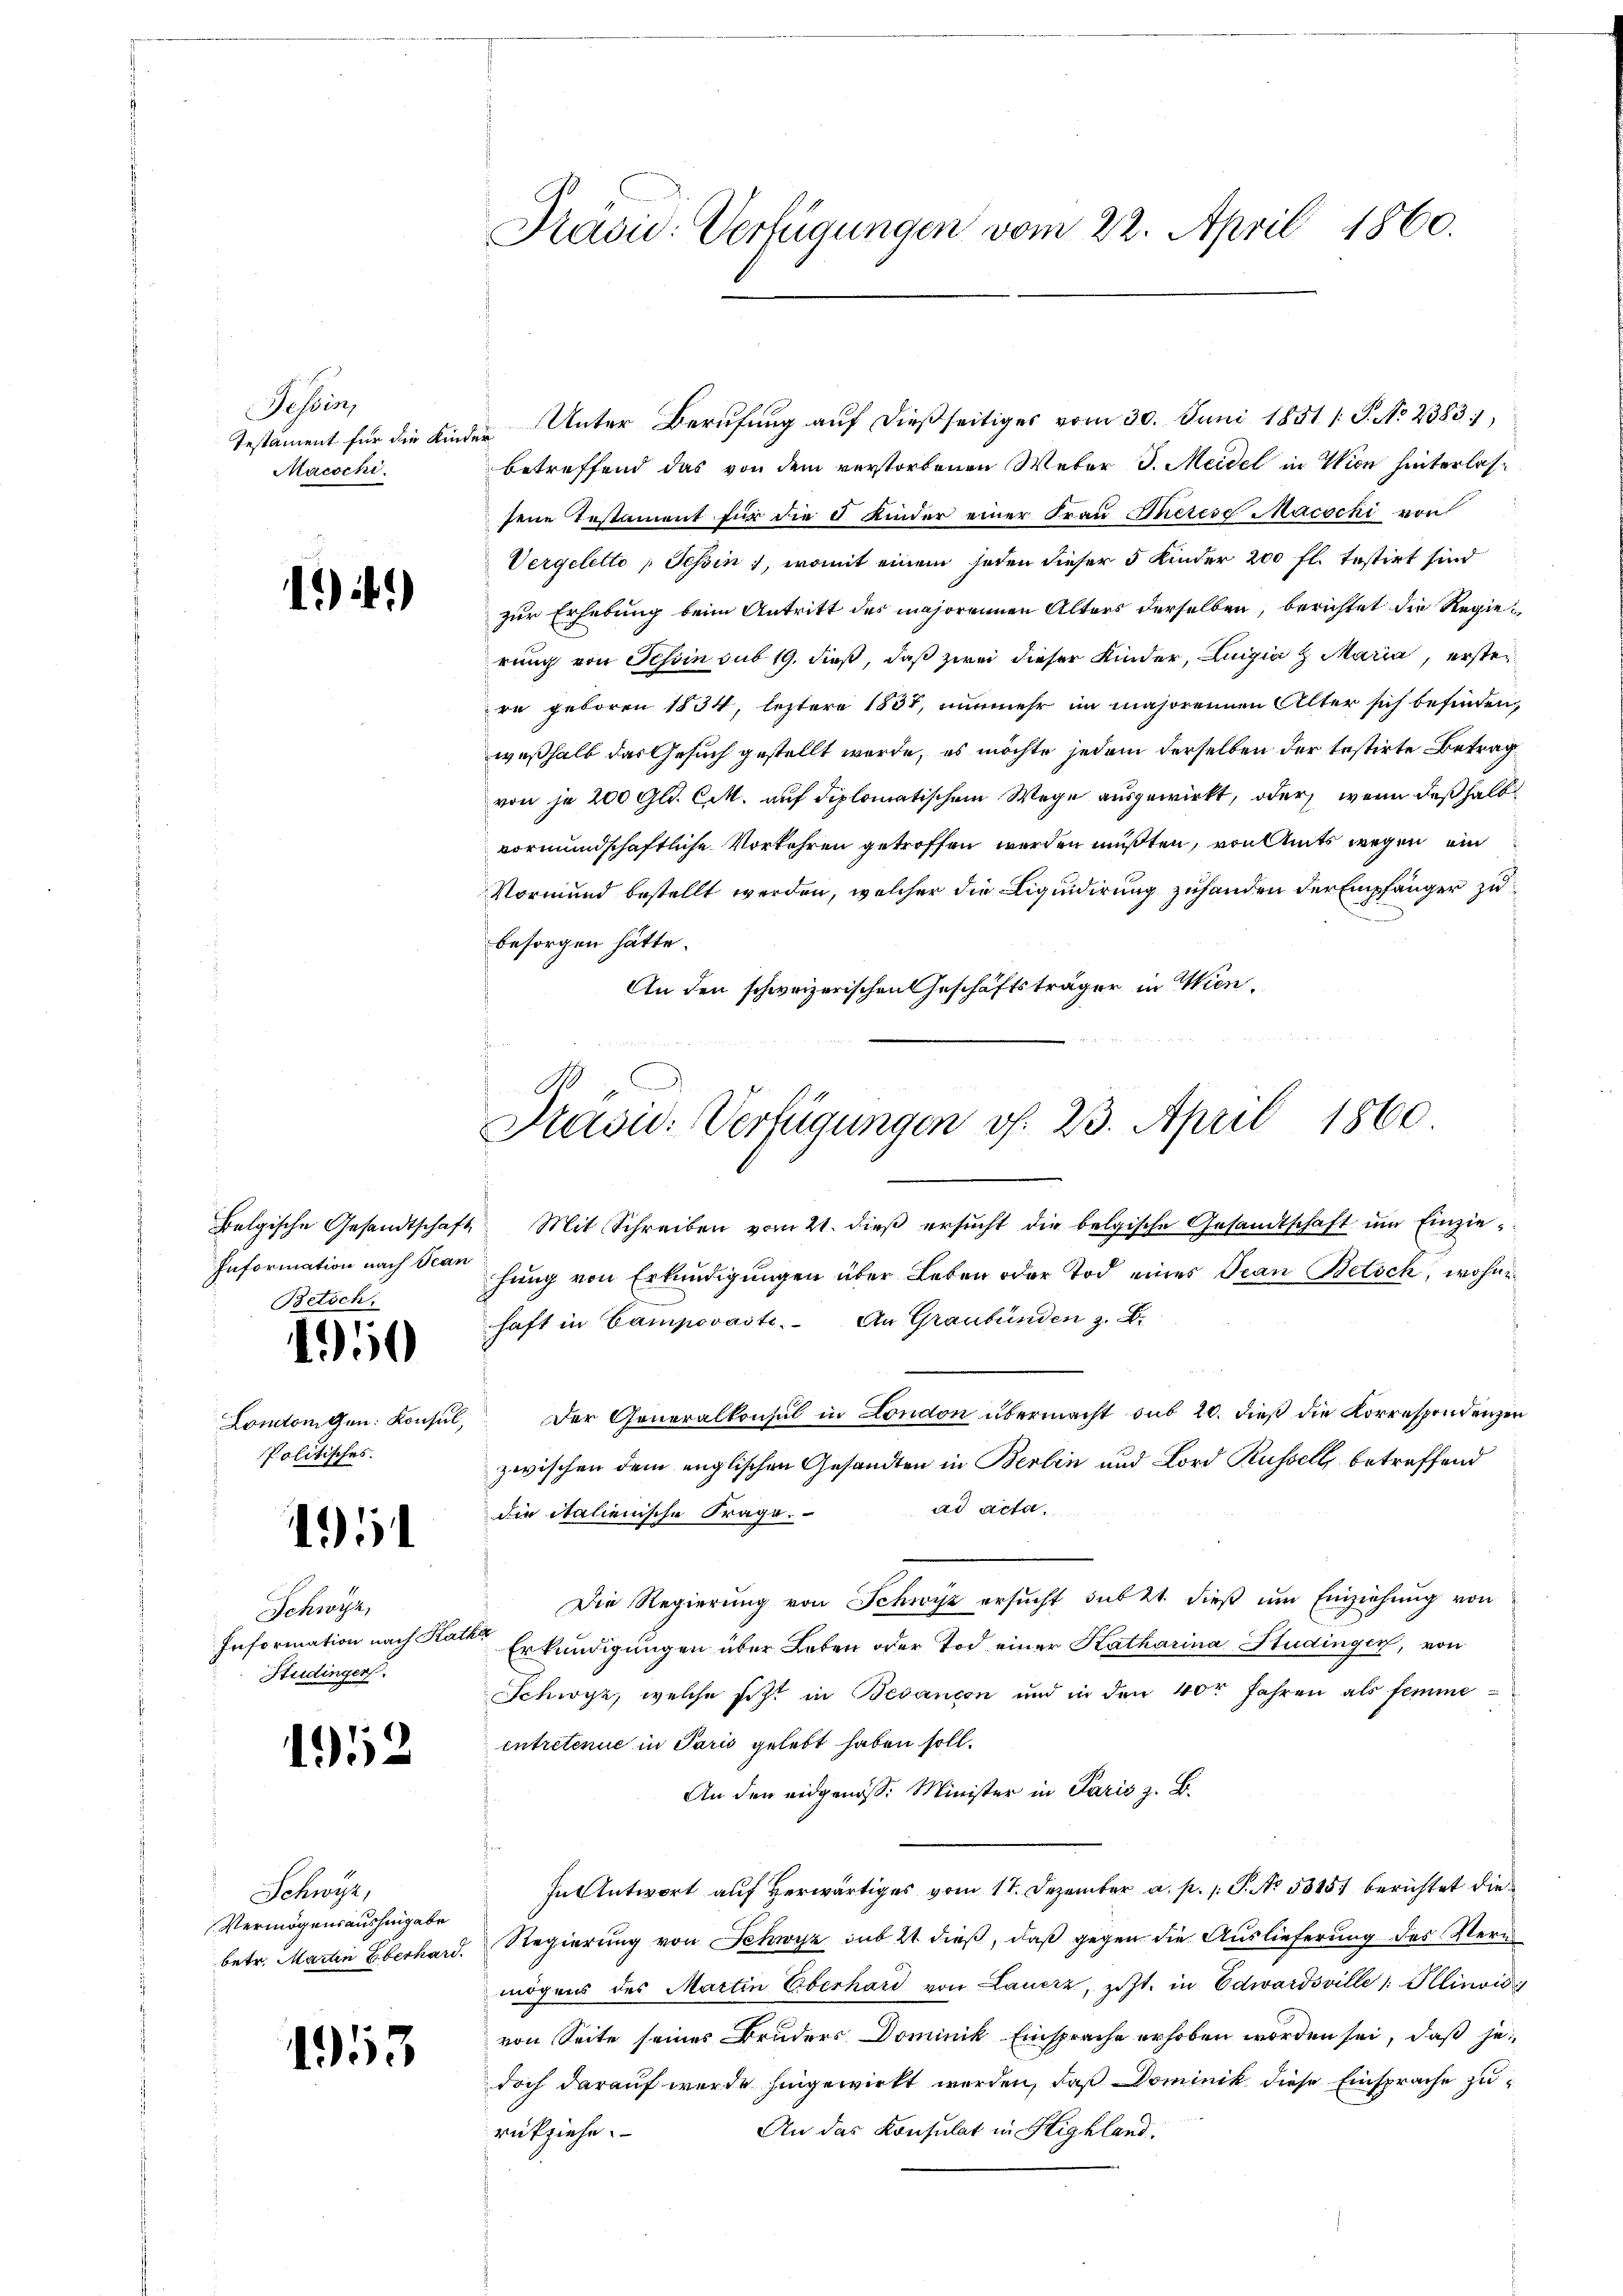
Tession
Testament für die Kinder
Macochi.

14.)

Information nach Scan
Betsch

1950

Londonigen: Konsin
Politisches.

1

Schwyz,
Information nach Katha
Htudinger.

1952

Schwyz,
Vermögensaushingabe

1953

Unter Berufung auf dießseitiges vom 30. Juni 1851 / P. No 2383,
betreffend das von dem verstorbenen Weber J. Meidel in Wien hinterlas-
jene Erstament für die 5 Kinder einer Frau Therese Macochi von
Vergelette „Schin), womit einem jeden dieser 5 Kinder 200 fl. testirt sind
zur Erhebung beim Antritt des majorennen Alters derselben, berichtet die Regierung von Tessin sub 19. dieß, daß zwei dieser Kinder, Luigia H. Maria, erster
re geboren 1834, leztere 1837, nunmehr im majorennen Alter sich befinden,
weßhalb das Gesuch gestellt wurde, es möchte jedem derselben der testirte Betrag
von je 200 Gl. C.M. auf diplomatischem Wege ausgewirkt, oder wenn deßhalb
vormundschaftliche Vorkehren getroffen werden müßten, von Amts wegen ein
Vormund bestellt werden, welcher die Liquidirung zuhanden der Empfänger zu
besorgen hätte.
An den schweizerischen Geschäftsträger in Wien¬
S.

Präsic: Verfügungen vom 22. April 1860.

Präsid. Verfügungen f. 23. April 1860

Belgische Gesandtschaft Mit Schreiben vom 21. dieβ ersŭcht die belgische Gesandtschaft ŭm Einziefung von Erkundigungen über Leben oder Tod eines Tran Betsch, wohne
haft in Campovaste. An Graubünden z. B.
 Der Generalkonsul in London übermacht sub 20. dieß die Korrespondenzen
zwischen dem englischen Gesandten in Berlin und Lord Russell, betreffend
ad acta.
die italienische Frage.
Die Regierung von Schwyz ersucht sub 21. dieß um Einziehung von
Erkundigungen über Leben oder Tod einer Katharina Studingen, von
Schwyz, welche sitzt in Besançon und in den 40r Jahren als femme
entretenue in Paris gelebt haben soll.
An den eidgenöss. Minister in Paris z. B.
In Antwort auf Herwärtiges vom 17. Dezember a. p. s. S. No 58851 berichtet die
betr. Martin Eberhard. Regierung von Schwyz sub 21 dieß, daß gegen die Auslieferung des Veru
mögens des Martin Oberhard von Lauerz, zit. in Edwardsville : Illinvić
von Seite seines Bruders Dominik Einsprache erhoben worden sei, daß jedoch darauf wurde hingewirkt werden, daß Dominik diese Einsprache zu¬
An das Konsulat in Highland.
rückziehe.